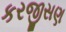
કરજીસણ